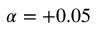
\alpha = + 0 . 0 5